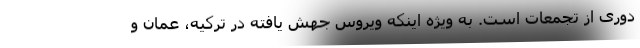
دوری از تجمعات است. به ویژه اینکه ویروس جهش یافته در ترکیه، عمان و